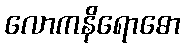
လောကနိရောဓော